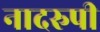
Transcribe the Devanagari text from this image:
नादरुपी